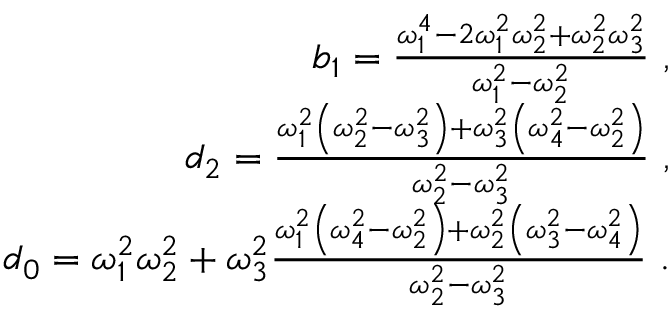
\begin{array} { r l r } & { } & { b _ { 1 } = \frac { \omega _ { 1 } ^ { 4 } - 2 \omega _ { 1 } ^ { 2 } \omega _ { 2 } ^ { 2 } + \omega _ { 2 } ^ { 2 } \omega _ { 3 } ^ { 2 } } { \omega _ { 1 } ^ { 2 } - \omega _ { 2 } ^ { 2 } } \ , } \\ & { } & { d _ { 2 } = \frac { \omega _ { 1 } ^ { 2 } \left( \omega _ { 2 } ^ { 2 } - \omega _ { 3 } ^ { 2 } \right) + \omega _ { 3 } ^ { 2 } \left( \omega _ { 4 } ^ { 2 } - \omega _ { 2 } ^ { 2 } \right) } { \omega _ { 2 } ^ { 2 } - \omega _ { 3 } ^ { 2 } } \ , } \\ & { } & { d _ { 0 } = \omega _ { 1 } ^ { 2 } \omega _ { 2 } ^ { 2 } + \omega _ { 3 } ^ { 2 } \frac { \omega _ { 1 } ^ { 2 } \left( \omega _ { 4 } ^ { 2 } - \omega _ { 2 } ^ { 2 } \right) + \omega _ { 2 } ^ { 2 } \left( \omega _ { 3 } ^ { 2 } - \omega _ { 4 } ^ { 2 } \right) } { \omega _ { 2 } ^ { 2 } - \omega _ { 3 } ^ { 2 } } \ . } \end{array}